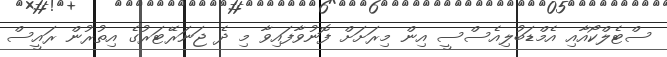
ސްޓެލްކޯއާއި އެމްޑަބުލިއެސްސީ އިން މިރަށަށް ފޮނުވާފައިވާ މި ދެ ޖަނަރޭޓަރުގެ އިތުރުން ރައީސް